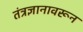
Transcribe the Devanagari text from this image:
तंत्रज्ञानावरून